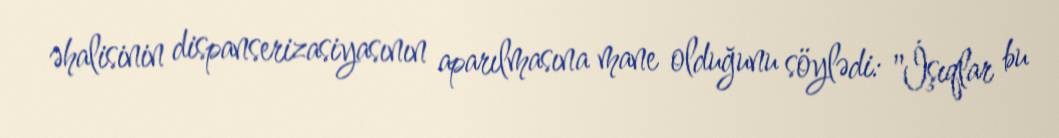
əhalisinin dispanserizasiyasının aparılmasına mane olduğunu söylədi: "İşıqlar bu